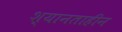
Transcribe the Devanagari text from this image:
श्यानताहीन